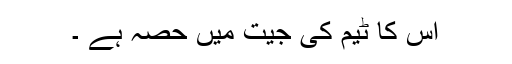
اس کا ٹیم کی جیت میں حصہ ہے ۔